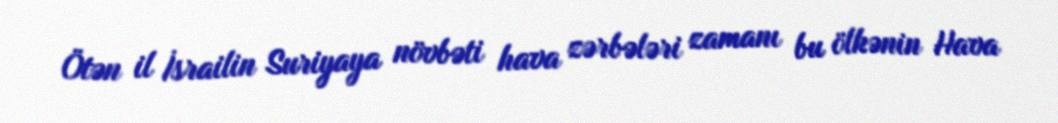
Ötən il İsrailin Suriyaya növbəti hava zərbələri zamanı bu ölkənin Hava